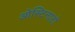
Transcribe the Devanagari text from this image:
ओस्टिनाटो